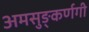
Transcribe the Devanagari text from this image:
अमसुङ्कर्णगी